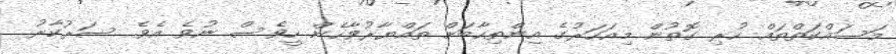
މަސައްކަތްތައް ހުރި ގޮތުން މިއަހަރުގެ އިންތިހާބަށް ތައްޔާރުވާހެން ހީވެސް ނުވެ އެވެ. ސަރުކާރު